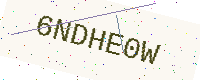
Text: 6NDHE0W